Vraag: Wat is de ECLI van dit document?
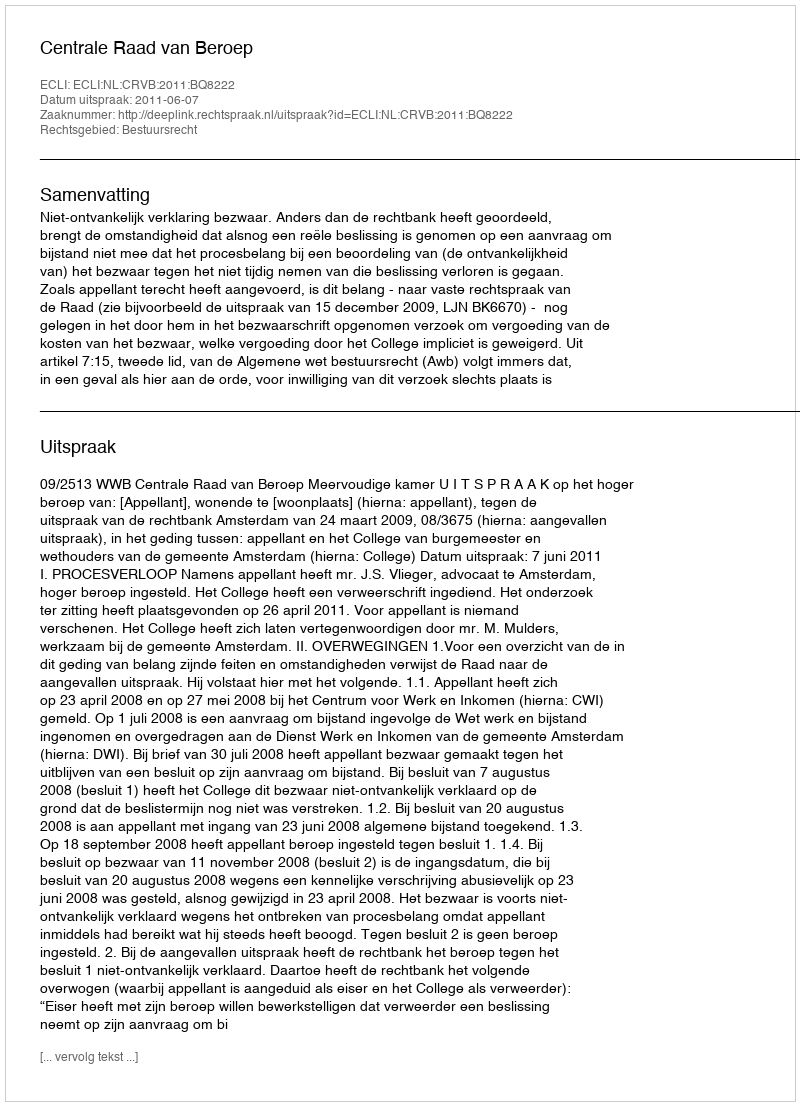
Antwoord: ECLI:NL:CRVB:2011:BQ8222